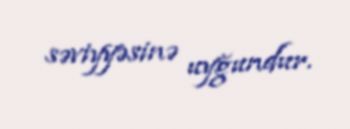
səviyyəsinə uyğundur.